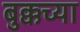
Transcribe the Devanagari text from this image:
बुक्कच्या